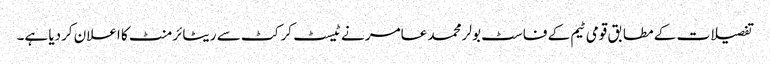
تفصیلات کے مطابق قومی ٹیم کے فاسٹ بولر محمد عامر نے ٹیسٹ کرکٹ سے ریٹائرمنٹ کا اعلان کردیا ہے۔